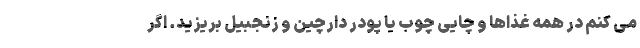
می کنم در همه غذاها و چایی چوب یا پودر دارچین و زنجبیل بریزید. اگر